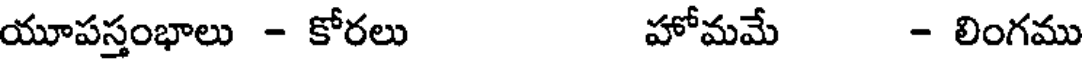
యూపస్తంభాలు - కోరలు హోమమే - లింగము